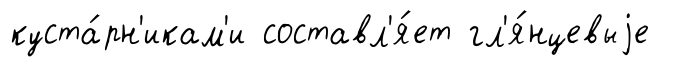
куста́рн'икам'и составл'я́ет гл'я́нцевыjе